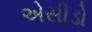
એસીડો